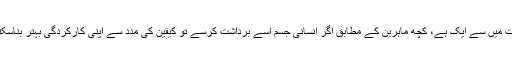
کیفین کھیلوں میں کارکردگی بڑھانے والی سب سے عام ادویات میں سے ایک ہے، کچھ ماہرین کے مطابق اگر انسانی جسم اسے برداشت کرسے تو کیفین کی مدد سے اپنی کارکردگی بہتر بناسکتا ہے، یعنی درست مقدار میں استعمال زیادہ اہمیت رکھتا ہے۔